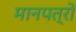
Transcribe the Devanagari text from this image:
मानपत्रों